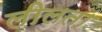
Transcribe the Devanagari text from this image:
लीलता